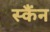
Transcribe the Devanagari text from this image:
स्कैंन